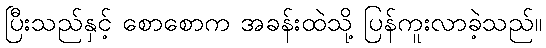
ပြီးသည်နှင့် စောစောက အခန်းထဲသို့ ပြန်ကူးလာခဲ့သည်။